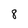
Character: 8